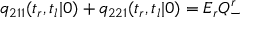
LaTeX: q _ { 2 1 1 } ( t _ { r } , t _ { l } | 0 ) + q _ { 2 2 1 } ( t _ { r } , t _ { l } | 0 ) = E _ { r } Q _ { - } ^ { r }